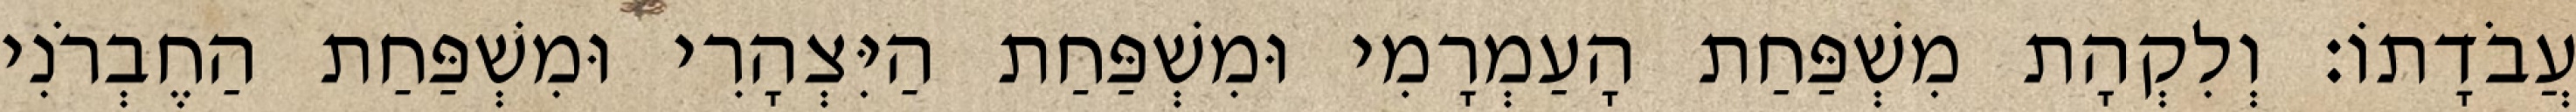
עֲבֹדָתוֹ׃ וְלִקְהָת מִשְׁפַּחַת הָעַמְרָמִי וּמִשְׁפַּחַת הַיִּצְהָרִי וּמִשְׁפַּחַת הַחֶבְרֹנִי